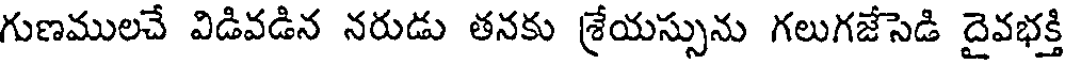
గుణములచే విడివడిన నరుడు తనకు శ్రేయస్సును గలుగజేసెడి దైవభక్తి